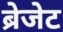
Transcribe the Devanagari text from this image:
ब्रेजेट